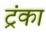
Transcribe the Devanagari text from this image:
ट्रंका